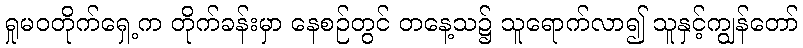
ရှုမဝတိုက်ရှေ့က တိုက်ခန်းမှာ နေစဉ်တွင် တနေ့သ၌ သူရောက်လာ၍ သူနှင့်ကျွန်တော်